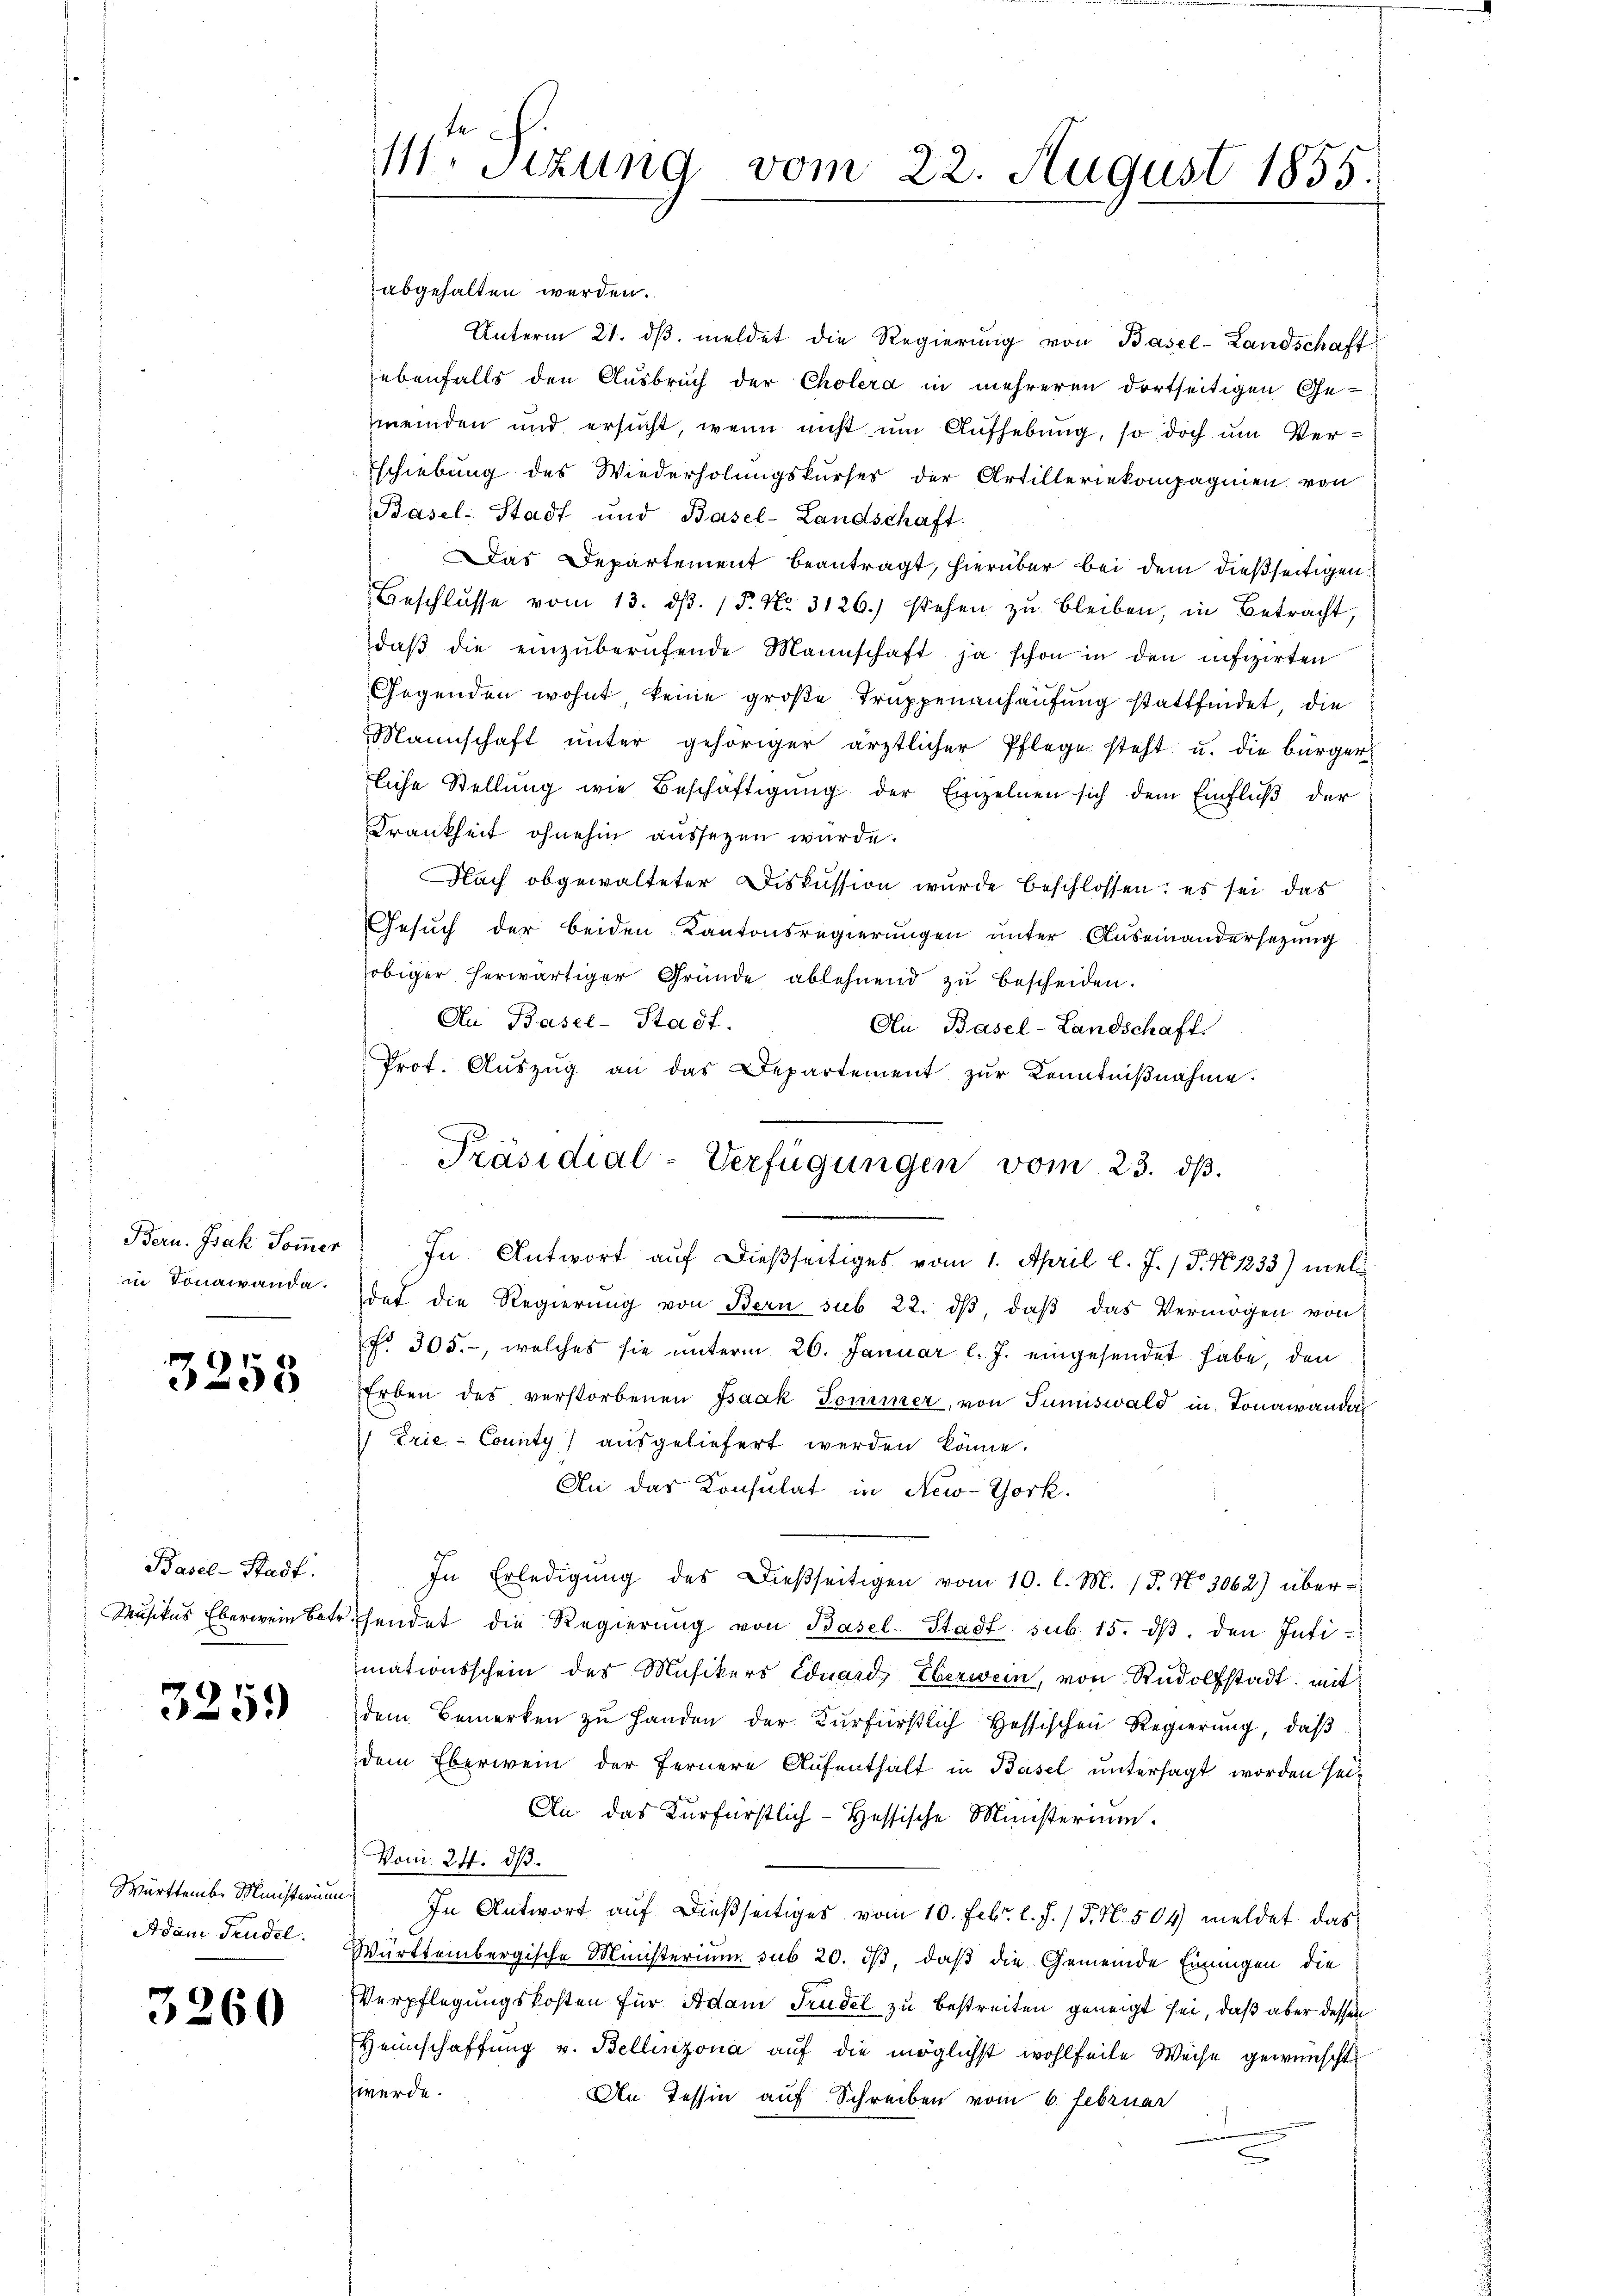
in Tonawanda.

3258

Basel-Stadt.
Musikus Eberwein Betr

3259

Württemb. Ministerium
Adam Trudel.

3260

11. Sizung vom 22. August 1855.

abgehalten werden.
Unterm 21. dβ. meldet die Regierŭng von Basel-Landschaft
ebenfalls den Ausbruch der Cholerd in mehreren dortseitigen Ge-
meinden und ersucht, wenn nicht um Aufhebung, so doch um Verschiebung des Wiederholungskurses der Artilleriekompagnien von
Basel-Stadt und Basel-Landschaft.
as Departement beantragt, hierüber bei dem dießseitigen
Beschlŭsse vom 13. dβ. / 5. No. 3126.) stehen zŭ bleiben, in Betracht,
daβ die einzŭberŭfende Mannschaft ja schon in den infizirten
Gegenden wohnt, keine große Truppenanhausung stattfindet, die
Mannschaft ŭnter gehöriger ärztlicher Pflege steht u. die bürger
liche Stellŭng wie Beschäftigŭng der Einzelnen sich dem Einflŭβ der
Krankheit ohnehin aussezen wurde.
Nach obgewalteter Diskussion wurde beschlossen: es sei das
Gesuch der beiden Kantonsregierungen unter Auseinandersezung
obiger herwärtiger Gründe ablehnend zu bescheiden.
Au Basel-Stadt.
An Basel-Landschaft.
Prot. Aŭszŭg an das Departement zŭr Kenntniβnahme.
Bern. Isak Soṁer) In Antwort auf dießseitiges vom 1. April l. J. / 5. No 1233) mel
det die Regierŭng von Bern sub 22. dβ, daβ das Vermögen von
No. 305., welches sie unterm 26. Januar l. J. eingesendet habe, den
Erben des verstorbenen Isaak Sommer, von Sumiswald in Jonawandel
 Frie-County ausgeliefert werden könne.
An das Konsulat in New-York.
In Erledigŭng des Dießseitigen vom 10. l. M. (T. No. 3062) über-
ehendet die Regierŭng von Basel-Stadt sub 15. dβ. den Intimationsschein des Musikers Eduard, Eberwein, von Rudolfstadt: mit
dem Bemerken zu Handen der Kurfürstlich Hessischen Regierung, daß
dem Eberwein der fernere Aufenthalt in Basel untersagt worden sei-
An das Kurfürstlich-Hessische Ministerium.
Vom 24. dß.
t
In Antwort auf dießseitiges vom 10. Febr. l. J. P. Nr. 504 meldet das
Württembergische Ministerium sub 20. dβ, daß die Gemeinde Einungen die
Verpflegungskosten für Adam Trudel zu bestreiten geneigt sei, daß aber dessen
Heimschaffŭng v. Bellinzona aŭf die möglichst wohlfeile Weise gewünscht
zwerde.
An Tessin auf Schreiben vom 6. Februar

Präsidial-Verfügungen vom 23. dβ.